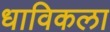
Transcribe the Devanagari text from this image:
धाविकला